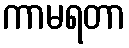
ကာမရတာ